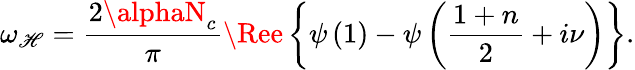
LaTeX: \omega_{\mathscr{H}}=\frac{{2\alphaN_{c}}}{{\pi}}\Ree\left\{ \psi\left(1\right)-\psi\left(\frac{{1+n}}{2}+i\nu\right)\right\} .